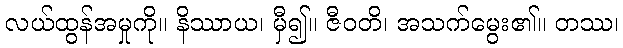
လယ်ထွန်အမှုကို။ နိဿာယ၊ မှီ၍။ ဇီဝတိ၊ အသက်မွေး၏။ တဿ၊